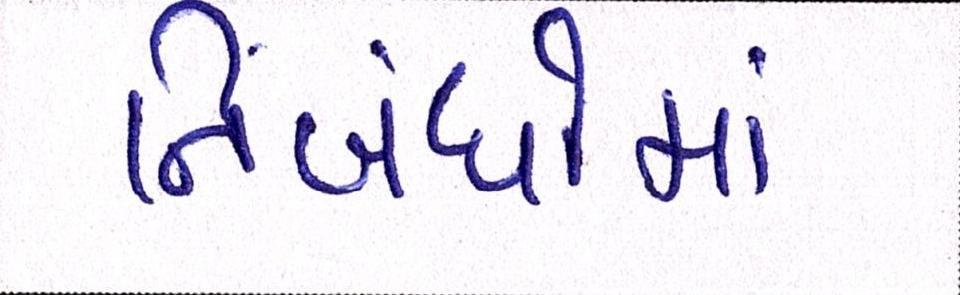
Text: નિબંધોમાં